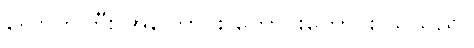
လောကကြီး အကြောင်း ကောင်းကောင်း သိသည်။